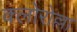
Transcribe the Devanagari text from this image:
क्लोरोल्ला